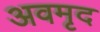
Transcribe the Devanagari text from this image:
अवमृद